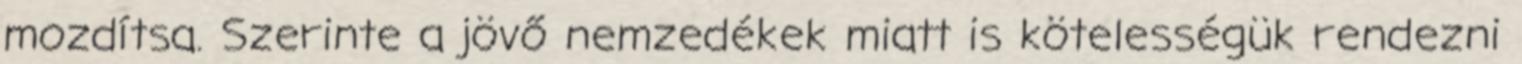
mozdítsa. Szerinte a jövő nemzedékek miatt is kötelességük rendezni